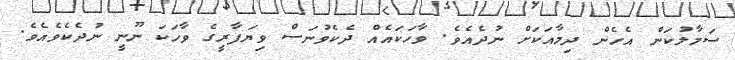
ސަމާލުކަން އެހެން ދިމާއަކަށް ނުދެއެވެ. ވާހަކައެއް ދެކެވުނަސް ވިޔަފާރީގެ ވާހަކަ ނޫނީ ނުދެކެވެއެވެ.